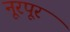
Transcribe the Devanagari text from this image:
नूरपूर